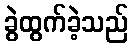
ခွဲထွက်ခဲ့သည်